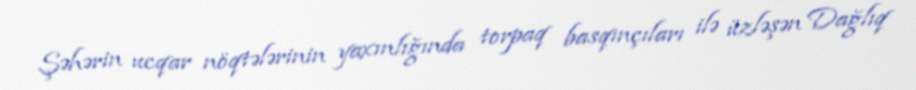
Şəhərin ucqar nöqtələrinin yaxınlığında torpaq basqınçıları ilə üzləşən Dağlıq